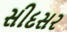
સીદસર